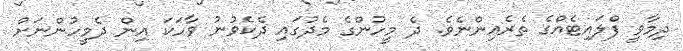
ދިމާވީ ފްލައިޓެއްގެ ތެރެއިންނެވެ. ދެ މީހުންގެ މެދުގައި ދެކެވުނު ވާހަކަ އިން ދެމީހުންނަށް